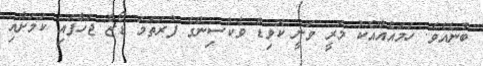
ބުނެއެވެ. ހަމައެއާއެކު މަރީ ވަނީ ކޮވިޑް ވެކްސިންގެ ފުރަތަމަ ޑޯޒް ޖަހާފައި ކަމަށާއި